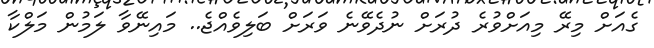
ގެއަށް މިރޭ މިއަށްވުރެ ދުރަށް ނުދެވޭނެ ވަރަށް ބަލިވެއްޖެ.. މައިނޭވާ ލަމުން މަލްކާ